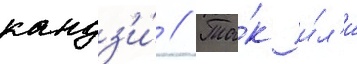
кандз'и́ // Та́к и́л'и